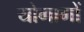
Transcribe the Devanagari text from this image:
योगागों